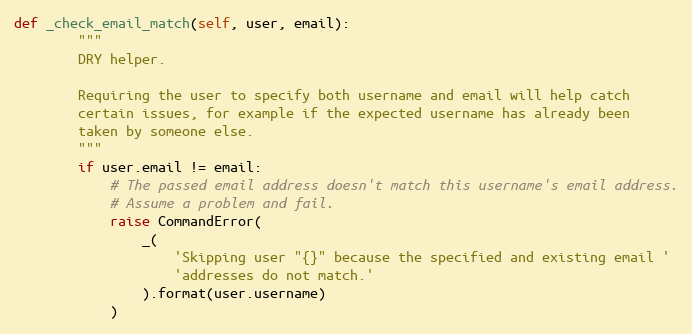
Language: Python
def _check_email_match(self, user, email):
        """
        DRY helper.

        Requiring the user to specify both username and email will help catch
        certain issues, for example if the expected username has already been
        taken by someone else.
        """
        if user.email != email:
            # The passed email address doesn't match this username's email address.
            # Assume a problem and fail.
            raise CommandError(
                _(
                    'Skipping user "{}" because the specified and existing email '
                    'addresses do not match.'
                ).format(user.username)
            )